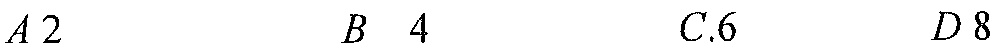
\(A\ 2\quad B\ 4\quad C.6\quad D\ 8\)